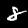
Label: 8